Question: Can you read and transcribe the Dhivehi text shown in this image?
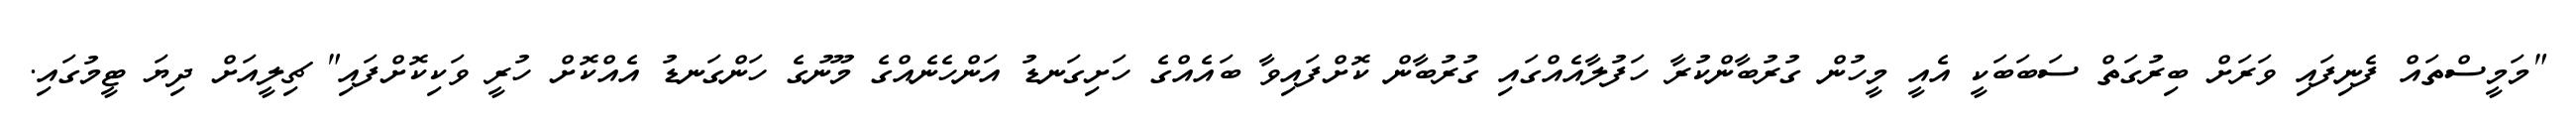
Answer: "މަމީސްތައް ފެނިފައި ވަރަށް ބިރުގަތް ސަބަބަކީ އެއީ މީހުން ގުރުބާންކުރާ ހަފުލާއެއްގައި ގުރުބާން ކޮށްފައިވާ ބައެއްގެ ހަށިގަނޑު އަންހެނެއްގެ މޫނުގެ ހަންގަނޑު އެއްކޮށް ހުރީ ވަކިކޮށްފައި" ޗިލީއަށް ދިޔަ ޓީމުގައި.